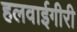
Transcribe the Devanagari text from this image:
हलवाईगीरी